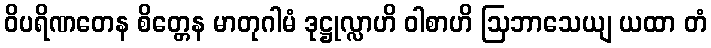
ဝိပရိဏတေန စိတ္တေန မာတုဂါမံ ဒုဋ္ဌုလ္လာဟိ ဝါစာဟိ ဩဘာသေယျ ယထာ တံ